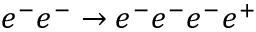
e ^ { - } e ^ { - } \to e ^ { - } e ^ { - } e ^ { - } e ^ { + }